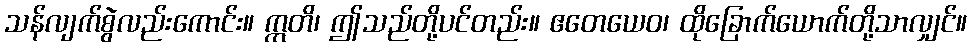
သန်လျက်စွဲလည်းကောင်း။ ဣတိ၊ ဤသည်တို့ပင်တည်း။ ဧတေယေဝ၊ ထိုခြောက်ယောက်တို့သာလျှင်။